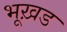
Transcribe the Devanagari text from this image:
भूख़ड